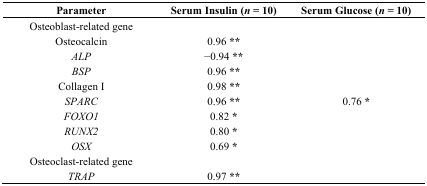
| Parameter | Serum Insulin (n = 10) | Serum Glucose (n = 10) |
 | --- | --- | --- |
 | Osteoblast-related gene |  |  |
 | Osteocalcin | 0.96 ** |  |
 | ALP | −0.94 ** |  |
 | BSP | 0.96 ** |  |
 | Collagen I | 0.98 ** |  |
 | SPARC | 0.96 ** | 0.76 * |
 | FOXO1 | 0.82 * |  |
 | RUNX2 | 0.80 * |  |
 | OSX | 0.69 * |  |
 | Osteoclast-related gene |  |  |
 | TRAP | 0.97 ** |  |